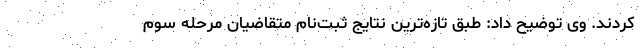
کردند. وی توضیح داد: طبق تازه‌ترین نتایج ثبت‌نام متقاضیان مرحله سوم